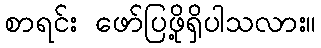
စာရင်း ဖော်ပြဖို့ရှိပါသလား။